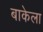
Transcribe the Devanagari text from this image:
बाकेला